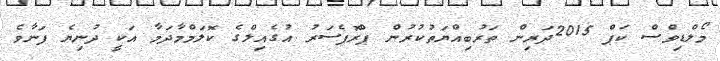
މޯލްޑިވްސް ކަޕް 2015ދަރިން ތަރުބިއްޔަތުކުރުން ޕްރޮފެސަރު އުގެއިލްގެ ކޮލަމްމާދަމާ އަކީ ދުނިޔެ ފަނާވެ